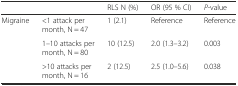
<table><thead><tr><td></td><td></td><td><b>RLS N (%)</b></td><td><b>OR (95 % CI)</b></td><td><b><i>P</i>-value</b></td></tr></thead><tbody><tr><td rowspan="3">Migraine</td><td>&lt;1 attack per month, N = 47</td><td>1 (2.1)</td><td>Reference</td><td>Reference</td></tr><tr><td>1–10 attacks per month, N = 80</td><td>10 (12.5)</td><td>2.0 (1.3–3.2)</td><td>0.003</td></tr><tr><td>&gt;10 attacks per month, N = 16</td><td>2 (12.5)</td><td>2.5 (1.0–5.6)</td><td>0.038</td></tr></tbody></table>